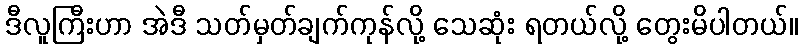
ဒီလူကြီးဟာ အဲဒီ သတ်မှတ်ချက်ကုန်လို့ သေဆုံး ရတယ်လို့ တွေးမိပါတယ်။